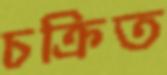
চক্রিত